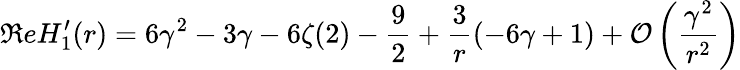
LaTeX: \Re eH_{1}^{\prime}(r)=6\gamma^{2}-3\gamma-6\zeta(2)-{\frac{9}{2}}+{\frac{3}{r}}(-6\gamma+1)+{\cal O}\left({\frac{\gamma^{2}}{r^{2}}}\right)